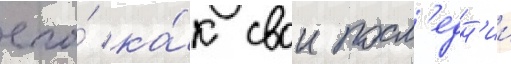
его́ ка́к свои посл'едн'ии